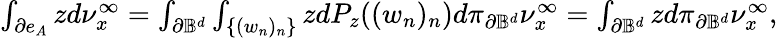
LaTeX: \begin{array}{r}{\int_{\partial e_{A}}zd\nu_{x}^{\infty}=\int_{\partial\mathbb{B}^{d}}\int_{\{ (w_{n})_{n}\} }zdP_{z}((w_{n})_{n})d\pi_{\partial\mathbb{B}^{d}}\nu_{x}^{\infty}=\int_{\partial\mathbb{B}^{d}}zd\pi_{\partial\mathbb{B}^{d}}\nu_{x}^{\infty},}\end{array}